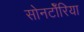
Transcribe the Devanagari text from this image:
सोनटोँरिया